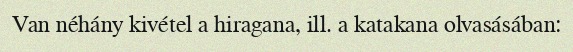
Van néhány kivétel a hiragana, ill. a katakana olvasásában: